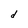
Character: d